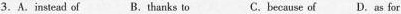
3.A.instead of B.thanks to C. because of D.as for